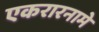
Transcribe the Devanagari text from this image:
एकरारनामे